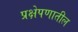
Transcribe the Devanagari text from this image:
प्रक्षेपणातील